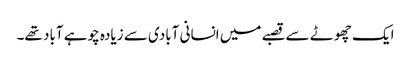
ایک چھوٹے سے قصبے میں انسانی آبادی سے زیادہ چوہے آباد تھے۔